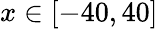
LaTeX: x\in[-40,40]